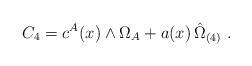
LaTeX: \begin{align*} C_4 = c^A(x) \wedge \Omega_A + a(x)\, \hat\Omega_{(4)} \ .\end{align*}